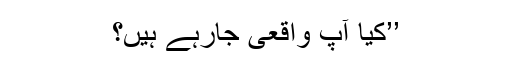
’’کیا آپ واقعی جارہے ہیں؟